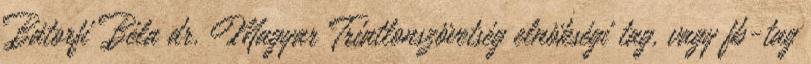
Bátorfi Béla dr. Magyar Triatlonszövetség elnökségi tag, vagy fb-tag